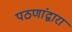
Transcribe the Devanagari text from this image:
पठणांद्वारा